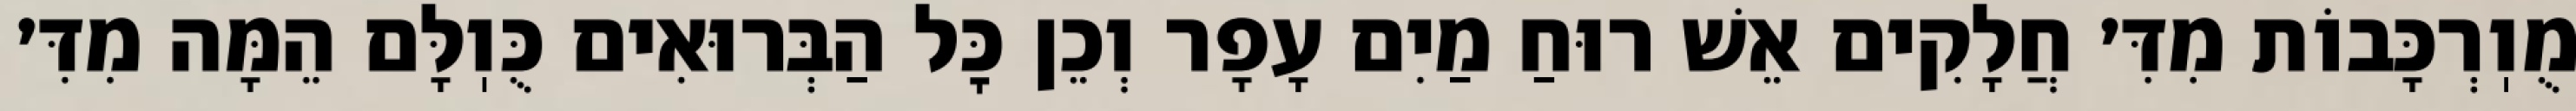
מֻוֽרְכָּבוֹת מִדִּ׳ חֲלָקִים אֵשׁ רוּחַ מַיִם עָפָר וְכֵן כׇּל הַבְּרוּאִים כֻּוֽלָּם הֵמָּה מִדִּ׳